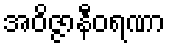
အဝိဇ္ဇာနီဝရဏာ